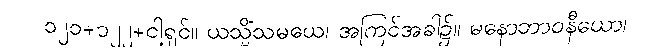
၁၂၁+၁၂၂+ငါ့ရှင်။ ယသ္မိံသမယေ၊ အကြင်အခါ၌။ မနောဘာဝနီယော၊